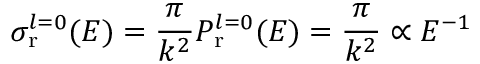
\sigma _ { \mathrm { r } } ^ { l = 0 } ( E ) = \frac { \pi } { k ^ { 2 } } P _ { \mathrm { r } } ^ { l = 0 } ( E ) = \frac { \pi } { k ^ { 2 } } \propto E ^ { - 1 }